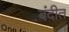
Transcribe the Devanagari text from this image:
बंदीत